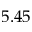
5 . 4 5